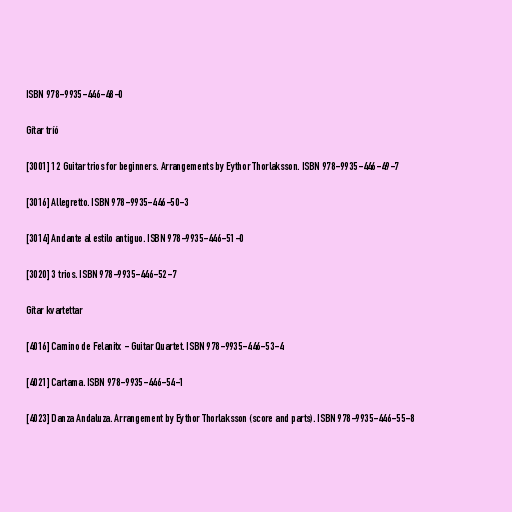
ISBN 978-9935-446-48-0

Gítar tríó

[3001] 12 Guitar trios for beginners. Arrangements by Eythor Thorlaksson. ISBN 978-9935-446-49-7

[3016] Allegretto. ISBN 978-9935-446-50-3

[3014] Andante al estilo antiguo. ISBN 978-9935-446-51-0

[3020] 3 trios. ISBN 978-9935-446-52-7

Gítar kvartettar

[4016] Camino de Felanitx - Guitar Quartet. ISBN 978-9935-446-53-4

[4021] Cartama. ISBN 978-9935-446-54-1

[4023] Danza Andaluza. Arrangement by Eythor Thorlaksson (score and parts). ISBN 978-9935-446-55-8